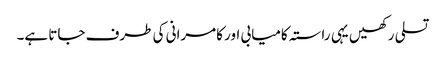
تسلی رکھیں یہی راستہ کامیابی اور کامرانی کی طرف جاتا ہے۔